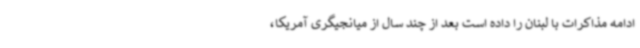
ادامه مذاکرات با لبنان را داده است بعد از چند سال از میانجیگری آمریکا،